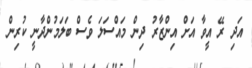
އަދި ރޭ އީވާ އަށް އިންޒާރު ދިން މައްސަލަ ވެސް ބަލަމުންދާނީ ކުރިން